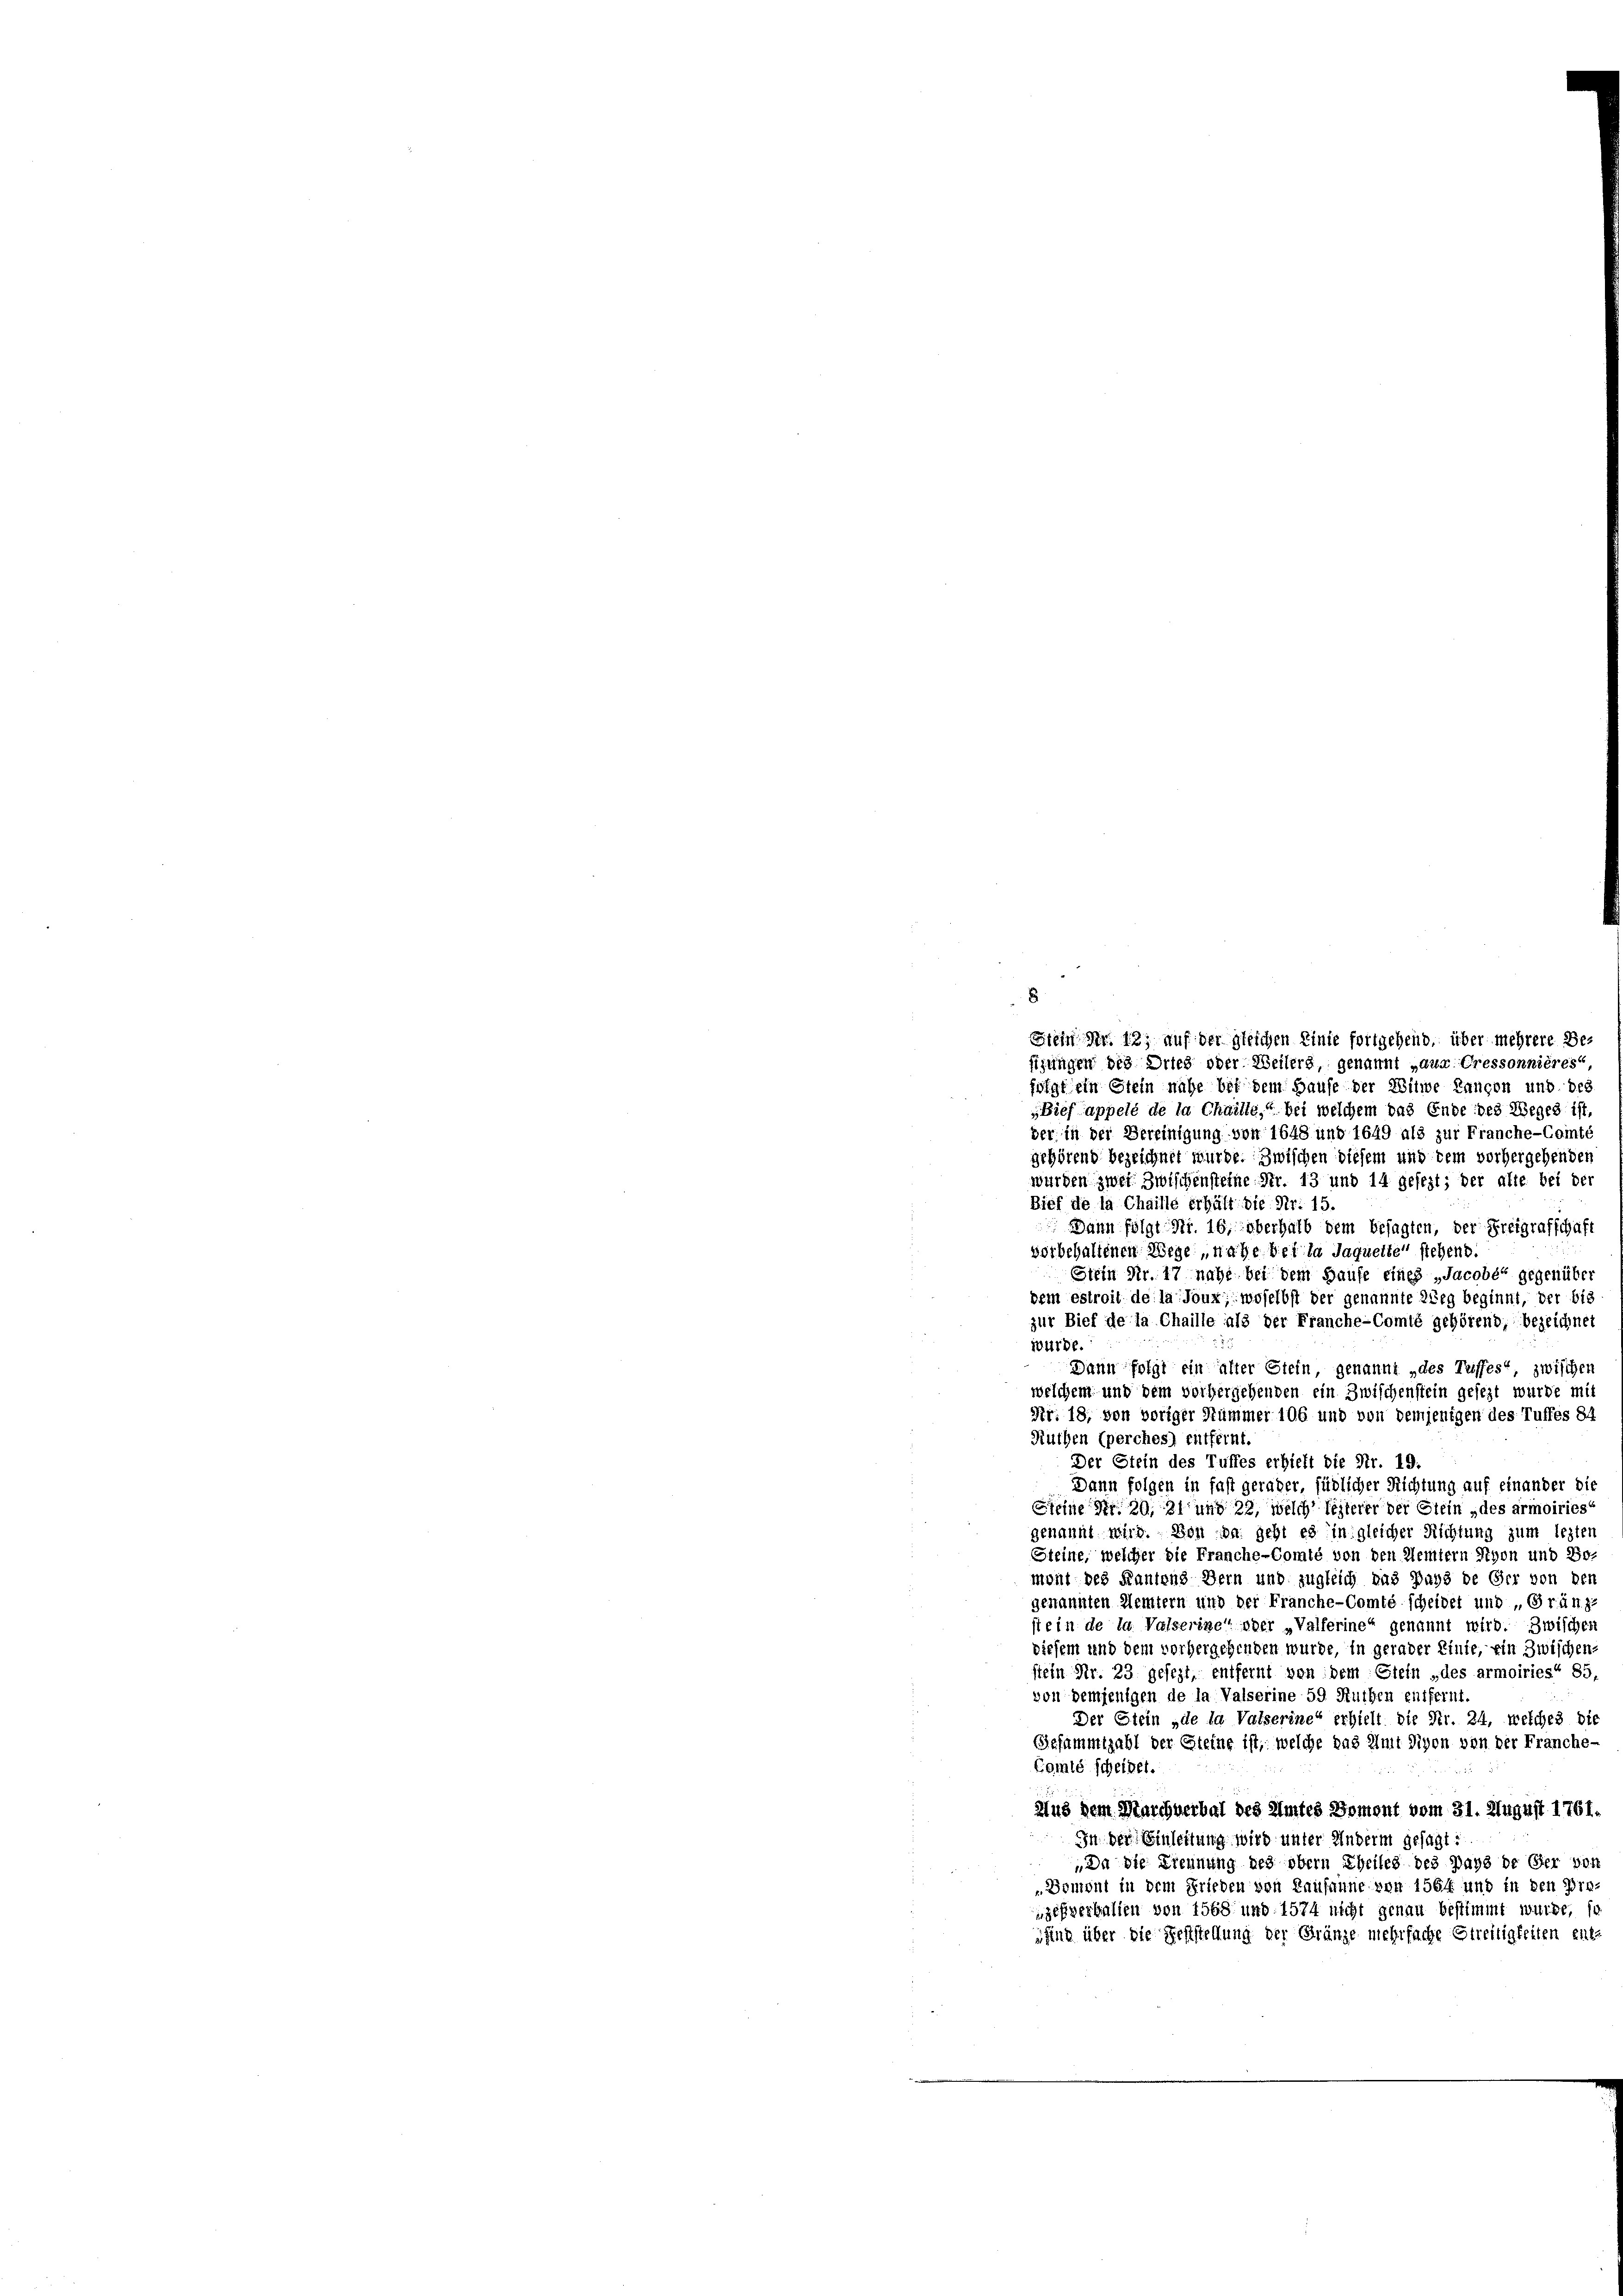
Stein Nr. 12; auf der gleichen Linie fortgehend, über mehrere Be
sizungen des Dries oder Weilers, genannt „aux Cressonnières“
folgt ein Stein nahe bei dem Hause der Witwe Kanton und des
„Bief appelé de la Chailte, bei welchem das Ende des Weges ist
ber in der Bereinigung von 1648 und 1649 als zur Franche-Comt,
gehörend bezeichnet wurde. Zwischen diesem und dem vorhergehenden
wurden zwei Zwischensteine Fr. 13 und 14 gefezt; der alte bei der
Bief de la Chaille erhält die Nr. 15.
 Dann folgt Nr. 16, überhalb dem besagten, der Freigrafschaft
vorbehaltenen Wege nahe bei la Jaquette stehend.
Stein Nr. 17 nahe bei dem Haufe eines „Jacobé“ gegenüber
dem estroit de la Joux, woselbst der genannte Weg beginnt, der bis
zur Bief de la Chaille als der Franche-Comté gehörend, bezeichnet
würde.
Dann folgt ein alter Stein, genannt „des Triffes zwischen
welchem und dem vorhergehenden ein Zwischenstein gesezt wurde mit
Nr. 18, von voriger Nummer 106 und von demjenigen des Tuffes 84
Ruthen (perches) entfernt
Der Stein des Tuffes erhieft die Nr. 19.
Dann folgen in fast gerader, südlicher Richtung auf einander die
Steine Fr. 20, 21 und 22, welch lezterer der Glein „des armoiries
genannt wird. Von da geht es in gleicher Richtung zum lezten
Steine, welcher die Franche-Comte von den Kemtern Styon und Bo-
mont des Kantons Bern und zugleich das Pays de Ger von den
genannten Memtern und der Franche-Comte scheidet und Gränz-
st ein de la Valserine“ oder Valferine“ genannt wird. Zwischen
diesem und dem vorhergehenden wurde, in gerader Einte, ein Zwischens
stein Nr. 23 gesezt, entfernt von dem Stein „des armoiries“ 85.
von demjenigen de la Valserine 59 Ruthen entfernt.
Der Stein „de la Valserine“ erhielt die Str. 24, welches die
Gesammtzabl der Steine ist, welche das Amt Sigen von der Franche-
Comte scheidet.
Aus dem Marchnerbal des Amtes Doment vom 31. August 1761.
In der Einleitung wird unter Anderm gesagt:
„Da die Liennung des obern Theiles des pays de Ger vor
Domont in dem Frieden von Kausanne von 1564 und in den Dra-
zesverbalien von 1568 und 1574 nicht genau bestimmt wurde, so
ssing über die Sehlstellung der Gränze mehrfache Streitigkeiten ent-

8